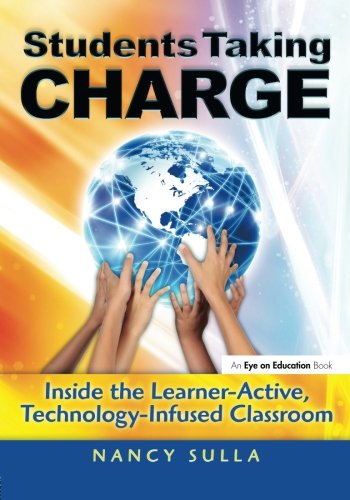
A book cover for Technology Book Bundle: Students Taking Charge: Inside the Learner-Active, Technology-Infused Classroom; Nancy Sulla; Education & Teaching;